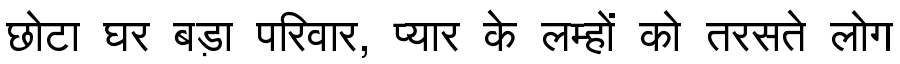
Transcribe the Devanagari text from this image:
छोटा घर बड़ा परिवार, प्यार के लम्हों को तरसते लोग